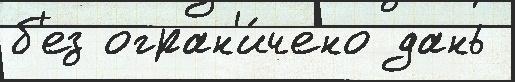
б'ез огран'и́чено дань